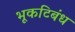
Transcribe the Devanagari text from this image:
भूकटिबंध